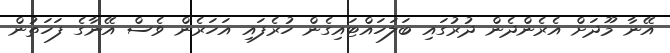
އޭނާ މޫދަށް އެރެންދެން ދުރުގައި ބަލަހައްޓައިގެން ހުރެފައި އަހަރެން ވެސް އޭނާގެ ފަހަތުން